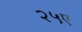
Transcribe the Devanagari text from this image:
२५ए